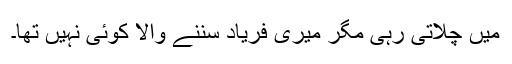
میں چلاتی رہی مگر میری فریاد سننے والا کوئی نہیں تھا۔